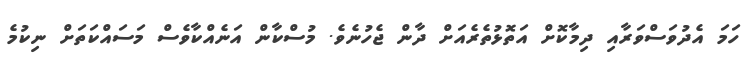
ހަމަ އެދުވަސްވަރާއި ދިމާކޮށް އަތޮޅުތެރެއަށް ދާން ޖެހުނެވެ. މުސްކާން އަނެއްކާވެސް މަސައްކަތަށް ނިކުމެ